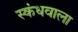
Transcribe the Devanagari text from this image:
स्कंधवाला